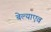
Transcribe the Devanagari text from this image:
बेल्याएव